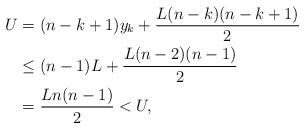
LaTeX: \begin{align*} U &= (n-k+1)y_k+ \frac{L(n-k)(n-k+1)}{2}\\ &\leq (n-1)L+ \frac{L(n-2)(n-1)}{2}\\ &=\frac{Ln(n-1)}{2}< U, \end{align*}